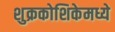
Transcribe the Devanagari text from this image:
शुक्रकोशिकेमध्ये